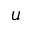
u